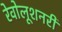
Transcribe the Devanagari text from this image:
रेवोलूशनरी